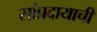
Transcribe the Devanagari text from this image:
सांप्रदायाची